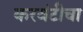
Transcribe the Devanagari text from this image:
करवंटीचा